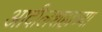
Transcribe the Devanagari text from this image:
आदीलशहाच्या